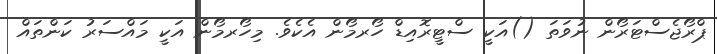
ޕްރޯޖެސްޓަރޯން ނުވަތަ ()އަކީ ސްޓީރޮއިޑް ހޯރމޯން އެކެވެ. މިހޯރމޯން އަކީ މައްސަރު ކަންތައް